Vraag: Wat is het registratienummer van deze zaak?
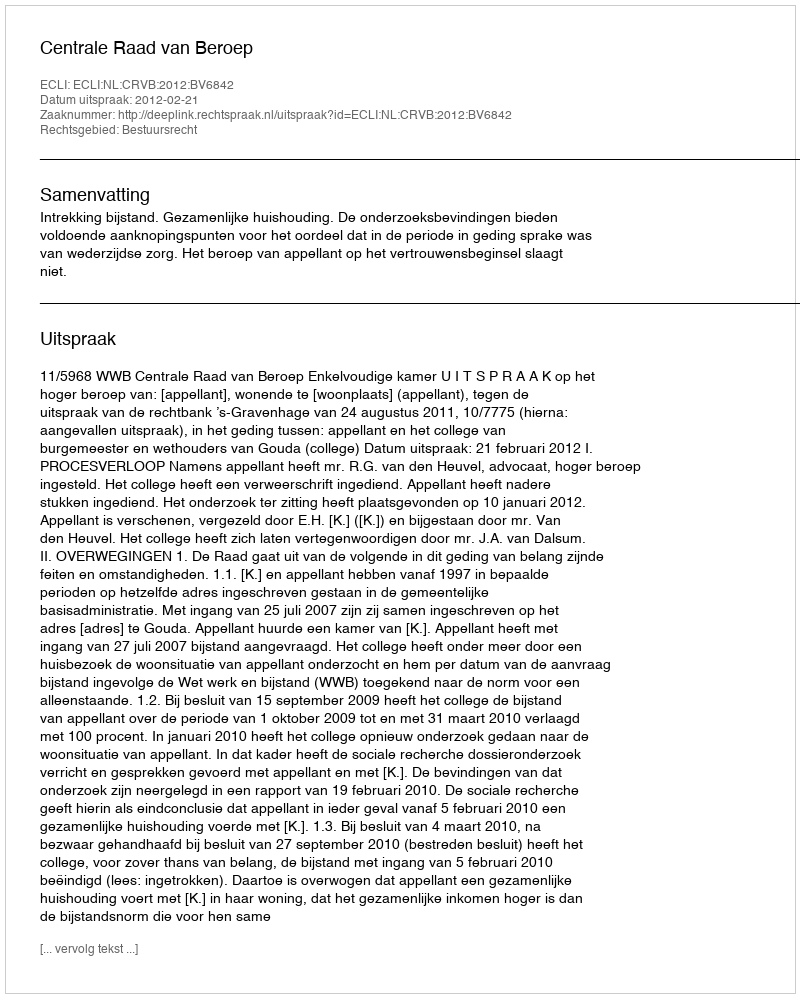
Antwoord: http://deeplink.rechtspraak.nl/uitspraak?id=ECLI:NL:CRVB:2012:BV6842